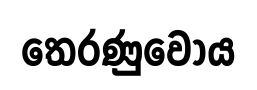
තෙරණුවෝය